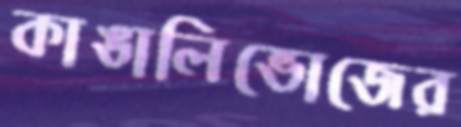
কাঙালিভোজের